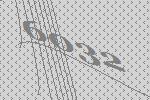
6032